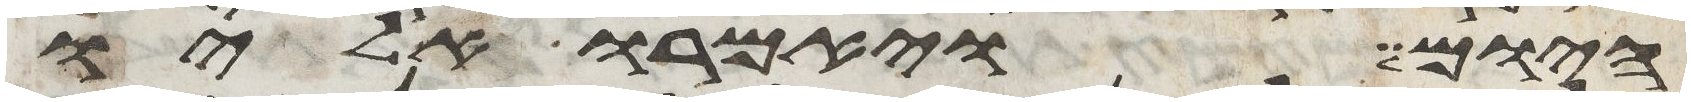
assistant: היום ויאמרו אליו